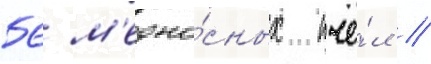
56 м'едоно́сных пчё́л /